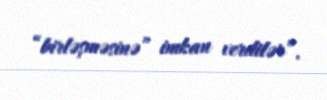
“birləşməsinə” imkan verdilər”.